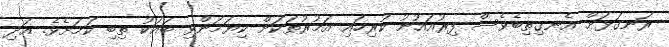
ރަނގަޅަށް އެނގިތިބެވެސް ފިރުއައުނު ކުރިހައި އަމުރުތަކަށް ކިޔަމަންވި ބައަކު ތިބި ކަމަށެވެ. އަދި